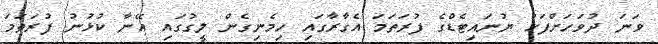
ވަނަ ދުވަހަށްފަހު ޔުނައިޓެޑްގެ ފުރަތަމަ އެގާރާގައި ހިމެނިގެން ލީގުގައި އޭނާ ކުޅުނު ފުރަތަމަ